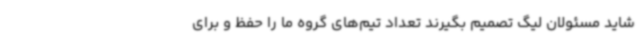
شاید مسئولان لیگ تصمیم بگیرند تعداد تیم‌های گروه ما را حفظ و برای